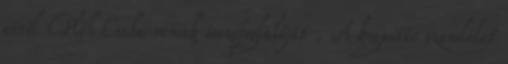
erről Pléh Csaba remek összefoglalóját . A kognitív szemlélet